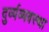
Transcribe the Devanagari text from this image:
दुर्व्यव्यवस्था